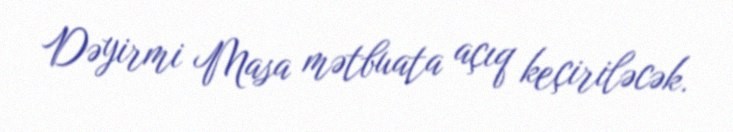
Dəyirmi Masa mətbuata açıq keçiriləcək.